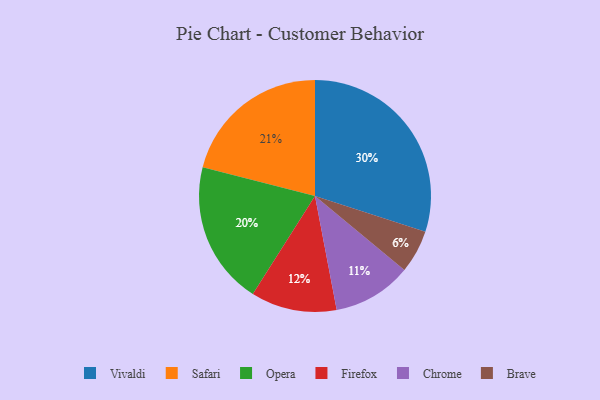
{"axis": {"x": "Category", "y": "Percentage"}, "legend": ["Brave", "Chrome", "Firefox", "Opera", "Safari", "Vivaldi"], "data": [{"x": "Opera", "y": 20, "type": "Opera"}, {"x": "Brave", "y": 6, "type": "Brave"}, {"x": "Safari", "y": 21, "type": "Safari"}, {"x": "Vivaldi", "y": 30, "type": "Vivaldi"}, {"x": "Firefox", "y": 12, "type": "Firefox"}, {"x": "Chrome", "y": 11, "type": "Chrome"}]}